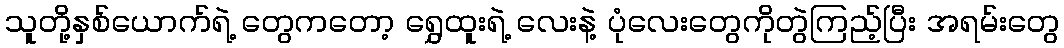
သူတို့နှစ်ယောက်ရဲ့ တွေကတော့ ရွှေထူးရဲ့ လေးနဲ့ ပုံလေးတွေကိုတွဲကြည့်ပြီး အရမ်းတွေ